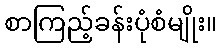
စာကြည့်ခန်းပုံစံမျိုး။